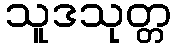
သူဒသုတ္တ